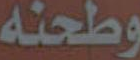
وطحنه